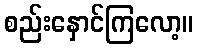
စည်းနှောင်ကြလော့။